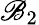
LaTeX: \mathscr{B}_{2}